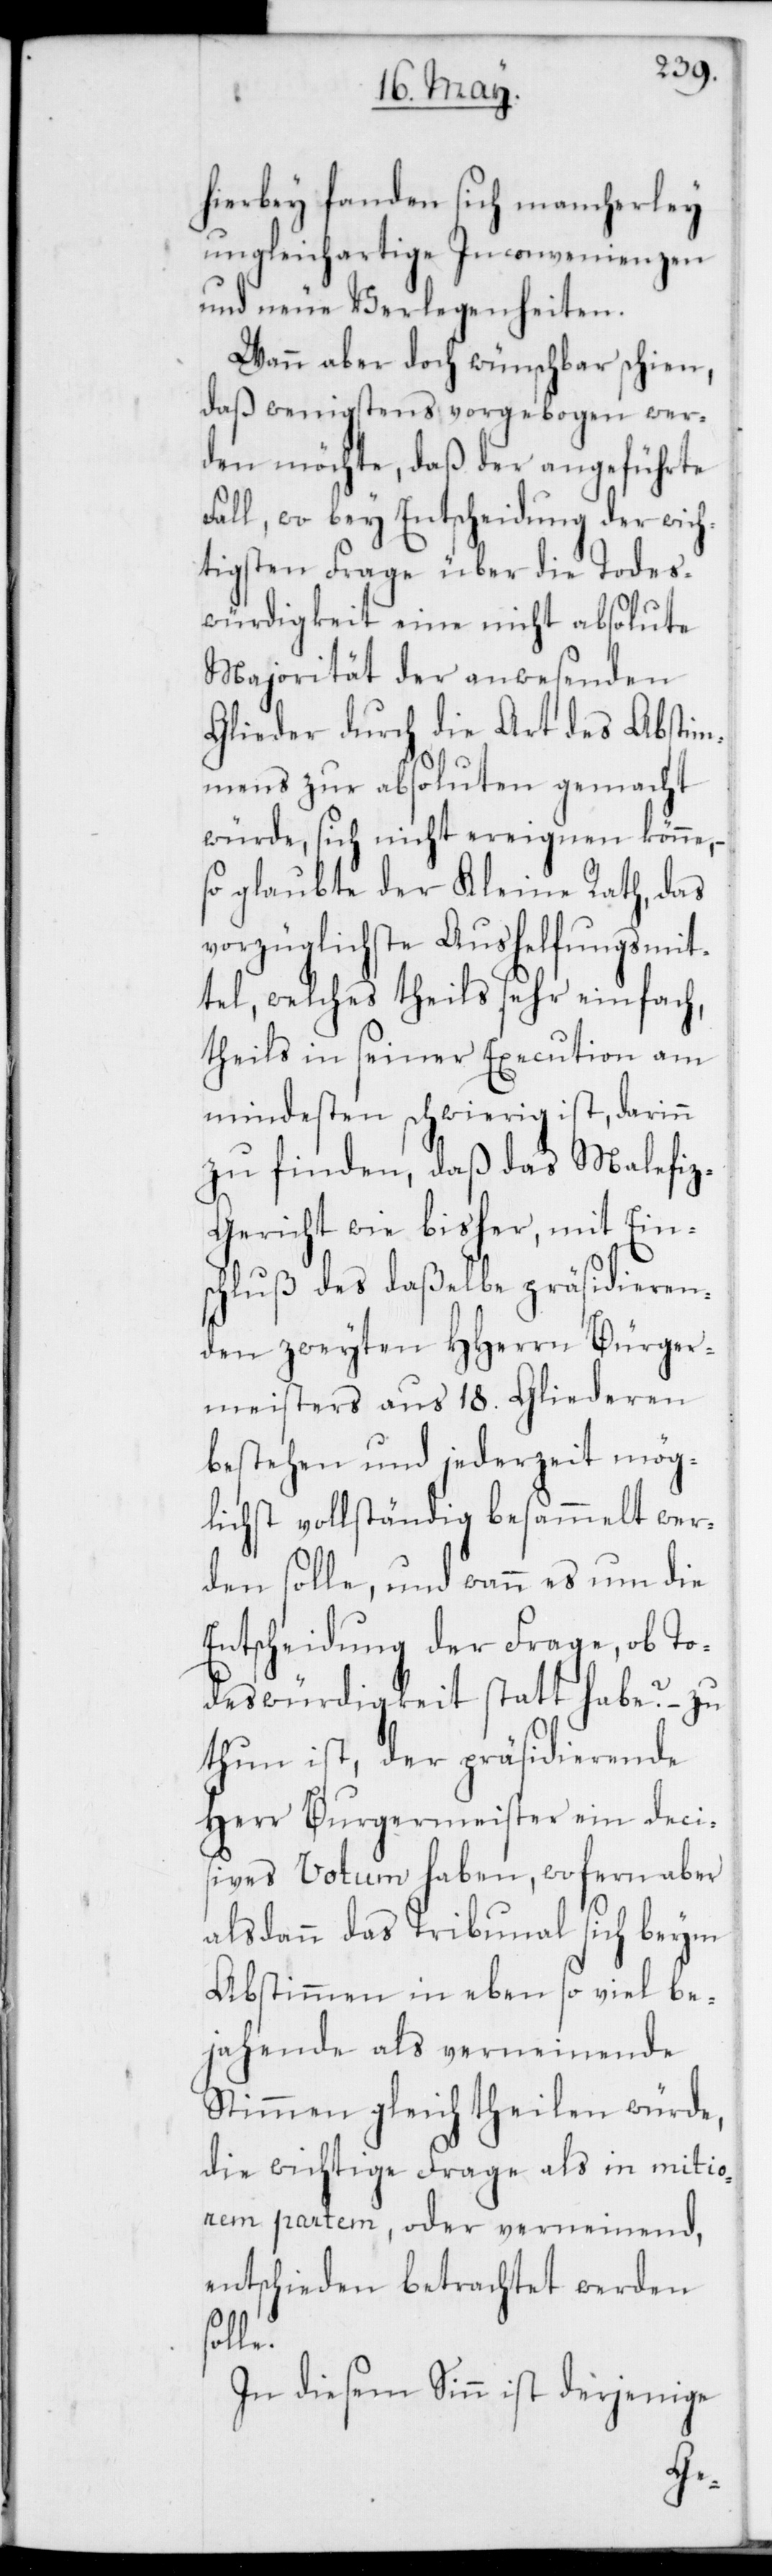
hierbey fanden sich mancherley
ungleichartige Inconvenienzen
und neue Verlegenheiten.
Wann aber doch wünschbar schien,
daß wenigstens vorgebogen wer¬
den möchte, daß der angeführte
Fall, wo bey Entscheidung der wich¬
tigsten Frage über die Todes¬
würdigkeit eine nicht absolute
Majorität der anwesenden
Glieder durch die Art des Abstim¬
mens zur Absoluten gemacht
würde, sich nicht ereignen könne,
so glaubte der Kleine Rath, das
vorzüglichste Aushelfungsmit¬
tel, welches theils sehr einfach,
theils in seiner Execution am
mindesten schwierig ist, darin
zu finden, daß das Malefi¬
z-Gericht wie bisher, mit Eins¬
chluß des daßelbe präsidieren¬
den zweyten HHerrn Bürger¬
meisters aus 18. Gliederen
bestehen und jederzeit mög¬
lichst vollständig besammelt wer¬
den solle, und wann es um die
Entscheidung der Frage, ob To¬
deswürdigkeit statt habe? – zu
thun ist, der präsidierende
Herr Burgermeister ein deci¬
sives Votum haben, wofern aber
alsdann das Tribunal sich beym
Abstimmen in eben so viel be¬
jahende als verneinende
Stimmen gleich theilen würde,
die wichtige Frage als in mitio¬
rem partem, oder verneinend,
entschieden betrachtet werden
le.
In diesem Sinn ist derjenige